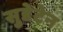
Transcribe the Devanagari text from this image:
सुडेटेन